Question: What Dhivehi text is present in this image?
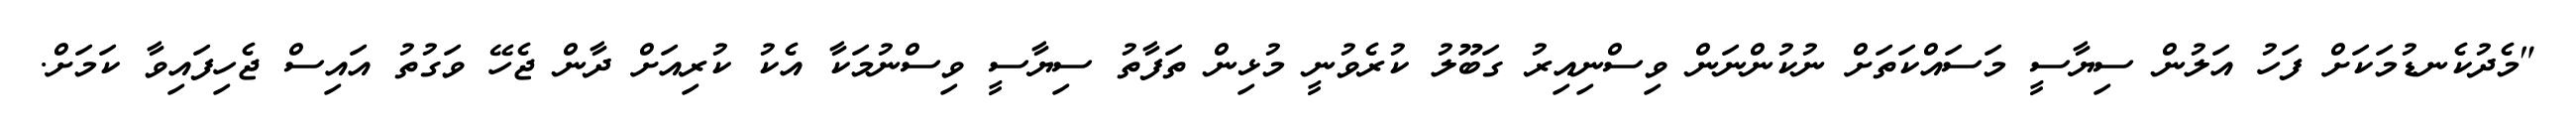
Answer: "މެދުކެނޑުމަކަށް ފަހު އަލުން ސިޔާސީ މަސައްކަތަށް ނުކުންނަން ވިސްނިއިރު ގަބޫލު ކުރެވުނީ މުޅިން ތަފާތު ސިޔާސީ ވިސްނުމަކާ އެކު ކުރިއަށް ދާން ޖެހޭ ވަގުތު އައިސް ޖެހިފައިވާ ކަމަށް.